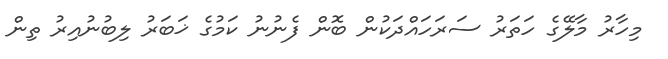
މިހާރު މާލޭގެ ހަތަރު ސަރަހައްދަކުން ބޮން ފެނުނު ކަމުގެ ޚަބަރު ލިބުނުއިރު ތިން